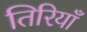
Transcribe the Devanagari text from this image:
तिरियाँ